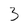
Character: 3